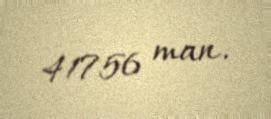
41756 man.